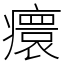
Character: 癏